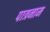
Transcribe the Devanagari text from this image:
पात्रनाम